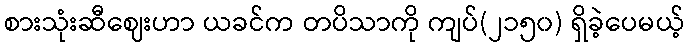
စားသုံးဆီဈေးဟာ ယခင်က တပိသာကို ကျပ်(၂၁၅၀) ရှိခဲ့ပေမယ့်